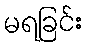
မရခြင်း